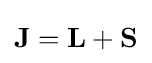
{\textstyle \mathbf {J} =\mathbf {L} +\mathbf {S} }